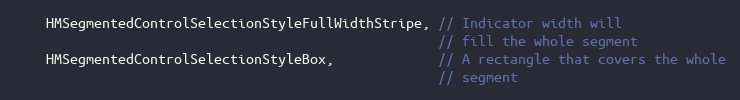
Language: C
    HMSegmentedControlSelectionStyleFullWidthStripe, // Indicator width will
                                                     // fill the whole segment
    HMSegmentedControlSelectionStyleBox,             // A rectangle that covers the whole
                                                     // segment